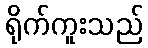
ရိုက်ကူးသည်